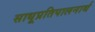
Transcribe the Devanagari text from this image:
साधूप्रतिपालनार्थ